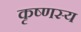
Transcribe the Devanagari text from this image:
कृष्णस्य